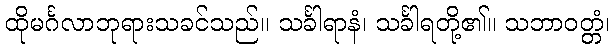
ထိုမင်္ဂလာဘုရားသခင်သည်။ သင်္ခါရာနံ၊ သင်္ခါရတို့၏။ သဘာဝတ္တံ၊